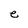
Character: e